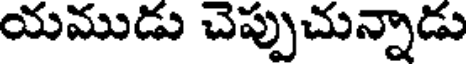
యముడు చెప్పుచున్నాడు